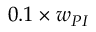
0 . 1 \times w _ { P I }